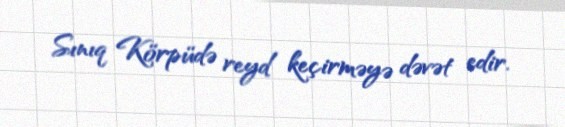
Sınıq Körpüdə reyd keçirməyə dəvət edir.